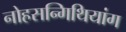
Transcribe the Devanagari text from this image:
नोहसन्गिथियांग